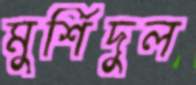
মুর্শিদুল